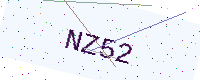
Text: NZ52